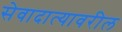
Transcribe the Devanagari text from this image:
सेवादात्यावरील